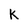
Character: K